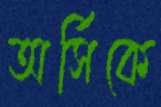
অর্সিকে